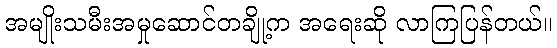
အမျိုးသမီးအမှုဆောင်တချို့က အရေးဆို လာကြပြန်တယ်။